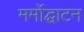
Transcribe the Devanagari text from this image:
मर्मोद्घाटन